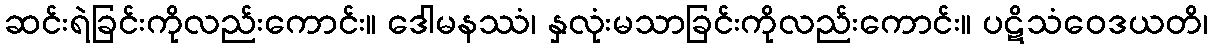
ဆင်းရဲခြင်းကိုလည်းကောင်း။ ဒေါမနဿံ၊ နှလုံးမသာခြင်းကိုလည်းကောင်း။ ပဋိသံဝေဒယတိ၊